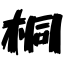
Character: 桐